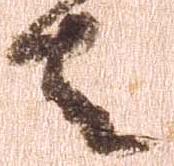
者